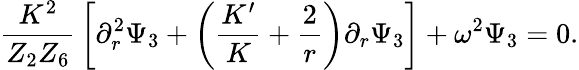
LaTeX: {\frac{K^{2}}{Z_{2}Z_{6}}}\left[\partial_{r}^{2}\Psi_{3}+\left({\frac{K^{\prime}}{K}}+{\frac{2}{r}}\right)\partial_{r}\Psi_{3}\right]+\omega^{2}\Psi_{3}=0.